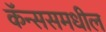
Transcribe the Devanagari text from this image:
कॅन्ससमधील